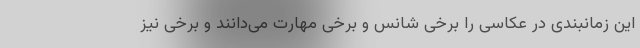
این زمانبندی در عکاسی را برخی شانس و برخی مهارت می‌دانند و برخی نیز